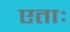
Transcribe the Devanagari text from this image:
एताः